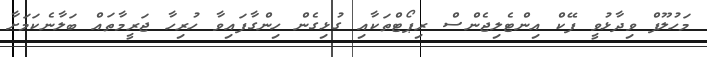
މަހުލޫފް ވިދާޅުވީ ފޭކް އިންޓެލިޖެންސް ރިޕޯޓްތަކާއި ގުޅިގެން ހިންގާފައިވާ ހުރިހާ ޖަރީމާތައް ބަލާނެކަމަށާ